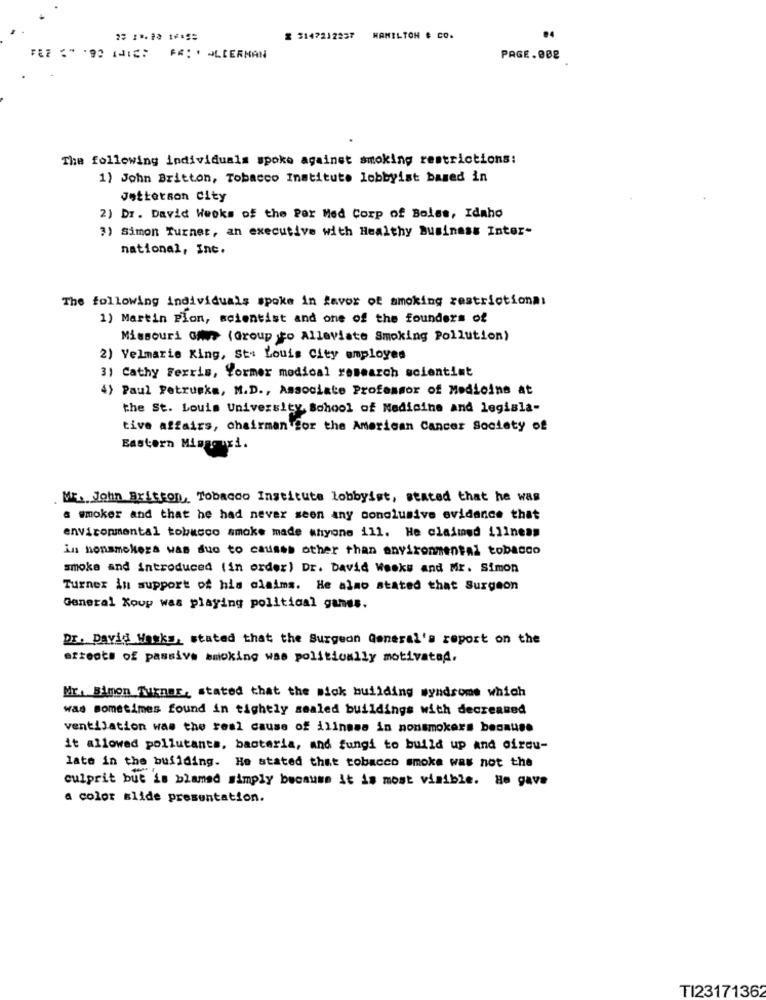
Z 3147212257
HAMILTON & CO.
FÅ: * ALDERMAN
PAGE.008
The following individuals spoke against smoking restrictions:
1) John Britton, Tobacco Institute lobbyist based in
Jetterson City
2) Dr. David Weeks of the Per Med Corp of Boles, Idaho
3) Simon Turner, an executive with Healthy Business Inter-
national, Int.
The following individuais spoke in favor of smoking restrictiona:
1) Martin Pion, scientist and one of the founders of
Missouri GA> (Group to Alleviate Smoking Pollution)
2) Velmarie King, Sts Louis City employes
3) Cathy Ferris, Vormer medical research scientist
4) Paul Petruska, M.D ., Associate Professor of Medicine at
the St. Louis University School of Medicine and legisla-
tive affairs, chairman for the American Cancer Society of
Eastern Mingcuri.
Mr. John Britton, Tobacco Institute lobbyist, stated that he was
a smoker and that he had never seen any conclusive evidence that
environmental tobacco smoke made whyone ill. He claimed illness
in nonsmokers was due to causes other than environmental tobacco
smoke and introduced (in order) Dr. David Weeks and Mr. Simon
Turner in support of his claims. He also stated that Surgeon
General Koup was playing political ganss.
Dr. David Wasks, stated that the Surgeon General's report on the
efroots of passive smoking was politically motivated.
Mr. Bimon Turner, stated that the mick building syndrome which
was sometimes found in tightly sealed buildings with decreased
ventilation was the real cause of illness in nonsmokers because
it allowed pollutants, bacteria, and fungi to build up and direu-
late in the building. He stated that tobacco smoke was not the
culprit but is blamed simply because it is most visible. He gave
a color slide presentation.
TI23171362